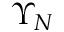
\Upsilon _ { N }